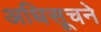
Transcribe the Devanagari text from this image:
अधिसूचने